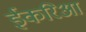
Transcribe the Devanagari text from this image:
ईकरिआ